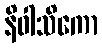
နိဝါသိကော